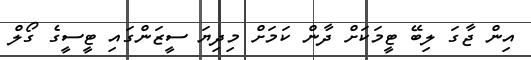
އިން ޖާގަ ލިބޭ ޓީމަކަށް ދާން ކަމަށް މިދިޔަ ސީޒަންގައި ޓީސީގެ ގޯލް